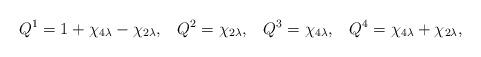
LaTeX: \begin{align*}Q^{1}=1+\chi _{4\lambda }-\chi _{2\lambda },\,\,\,\,\,Q^{2}=\chi _{2\lambda},\,\,\,\,\,Q^{3}=\chi _{4\lambda },\,\,\,\,\,Q^{4}=\chi _{4\lambda }+\chi_{2\lambda },\end{align*}